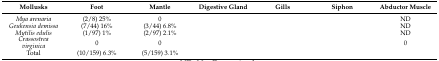
<table><thead><tr><td><b>Mollusks</b></td><td><b>Foot</b></td><td><b>Mantle</b></td><td><b>Digestive Gland</b></td><td><b>Gills</b></td><td><b>Siphon</b></td><td><b>Abductor Muscle</b></td></tr></thead><tbody><tr><td><i>Mya arenaria</i></td><td>(2/8) 25%</td><td>0</td><td>[EMPTY_CELL]</td><td>[EMPTY_CELL]</td><td>[EMPTY_CELL]</td><td>ND</td></tr><tr><td><i>Geukensia demissa</i></td><td>(7/44) 16%</td><td>(3/44) 6.8%</td><td>[EMPTY_CELL]</td><td>[EMPTY_CELL]</td><td>[EMPTY_CELL]</td><td>ND</td></tr><tr><td><i>Mytilis edulis</i></td><td>(1/97) 1%</td><td>(2/97) 2.1%</td><td>[EMPTY_CELL]</td><td>[EMPTY_CELL]</td><td>[EMPTY_CELL]</td><td>ND</td></tr><tr><td><i>Crassostrea virginica</i></td><td>0</td><td>0</td><td>[EMPTY_CELL]</td><td>[EMPTY_CELL]</td><td>[EMPTY_CELL]</td><td>0</td></tr><tr><td>Total</td><td>(10/159) 6.3%</td><td>(5/159) 3.1%</td><td>[EMPTY_CELL]</td><td>[EMPTY_CELL]</td><td>[EMPTY_CELL]</td><td>[EMPTY_CELL]</td></tr></tbody></table>